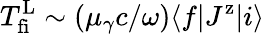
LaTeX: T_{\mathrm{fi}}^{\mathrm{L}}\sim\left(\mu_{\gamma}c/\omega\right)\langle f|J^{\mathrm{z}}|i\rangle